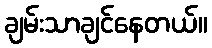
ချမ်းသာချင်နေတယ်။